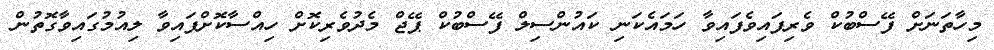
މިހާތަނަށް ފޭސްބުކް ވެރިފައިވެފައިވާ ހަމައެކަނި ކައުންސިލް ފޭސްބުކް ޕޭޖް މެދުވެރިކޮށް ހިއްސާކޮށްފައިވާ ލިއުމުގައިވާގޮތުން